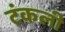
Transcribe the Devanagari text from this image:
टंकली